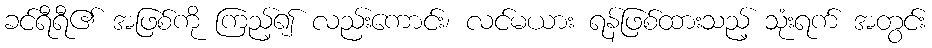
ခင်ရီရီ၏ အဖြစ်ကို ကြည့်၍ လည်းကောင်း၊ လင်မယား ရန်ဖြစ်ထားသည့် သုံးရက် အတွင်း